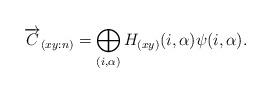
LaTeX: \begin{align*}\overrightarrow{C}_{(xy:n)}=\bigoplus_{(i,\alpha)}H_{(xy)}(i,\alpha)\psi(i,\alpha).\end{align*}